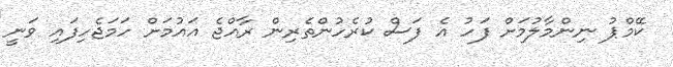
ކޭމްޕު ނިންމާލުމަށް ފަހު އެ ފަސް ކުރެހުންތެރިން ރާއްޖެ އައުމަށް ހަމަޖެހިފައި ވަނީ